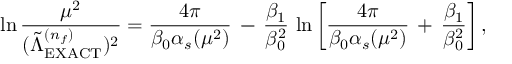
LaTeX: \ln \frac { \mu ^ { 2 } } { ( \tilde { \Lambda } _ { \mathrm { E X A C T } } ^ { ( n _ { f } ) } ) ^ { 2 } } = \frac { 4 \pi } { \beta _ { 0 } \alpha _ { s } ( \mu ^ { 2 } ) } \, - \, \frac { \beta _ { 1 } } { \beta _ { 0 } ^ { 2 } } \, \ln \left[ \frac { 4 \pi } { \beta _ { 0 } \alpha _ { s } ( \mu ^ { 2 } ) } \, + \, \frac { \beta _ { 1 } } { \beta _ { 0 } ^ { 2 } } \right] ,